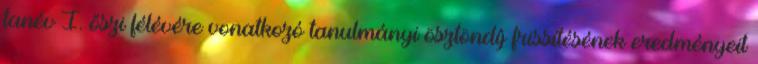
tanév I. őszi félévére vonatkozó tanulmányi ösztöndíj frissítésének eredményeit